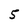
Character: 5